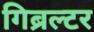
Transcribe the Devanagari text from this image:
गिब्रल्टर